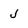
Character: J